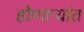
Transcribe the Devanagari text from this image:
होणाऱ्यांत